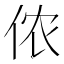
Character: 侬